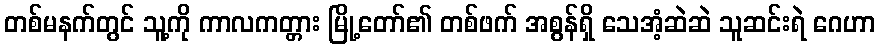
တစ်မနက်တွင် သူ့ကို ကာလကတ္တား မြို့တော်၏ တစ်ဖက် အစွန်ရှိ သေအံ့ဆဲဆဲ သူဆင်းရဲ ဂေဟာ